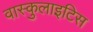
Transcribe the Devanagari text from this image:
वास्कुलाइटिस